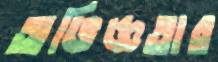
অভিজ্ঞতার